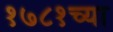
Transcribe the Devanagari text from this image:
१७८१च्या